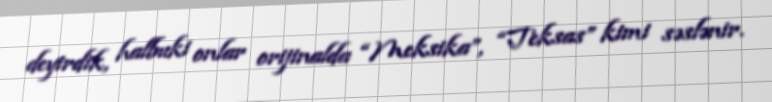
deyirdik, halbuki onlar orijinalda “Meksika”, “Teksas” kimi səslənir.